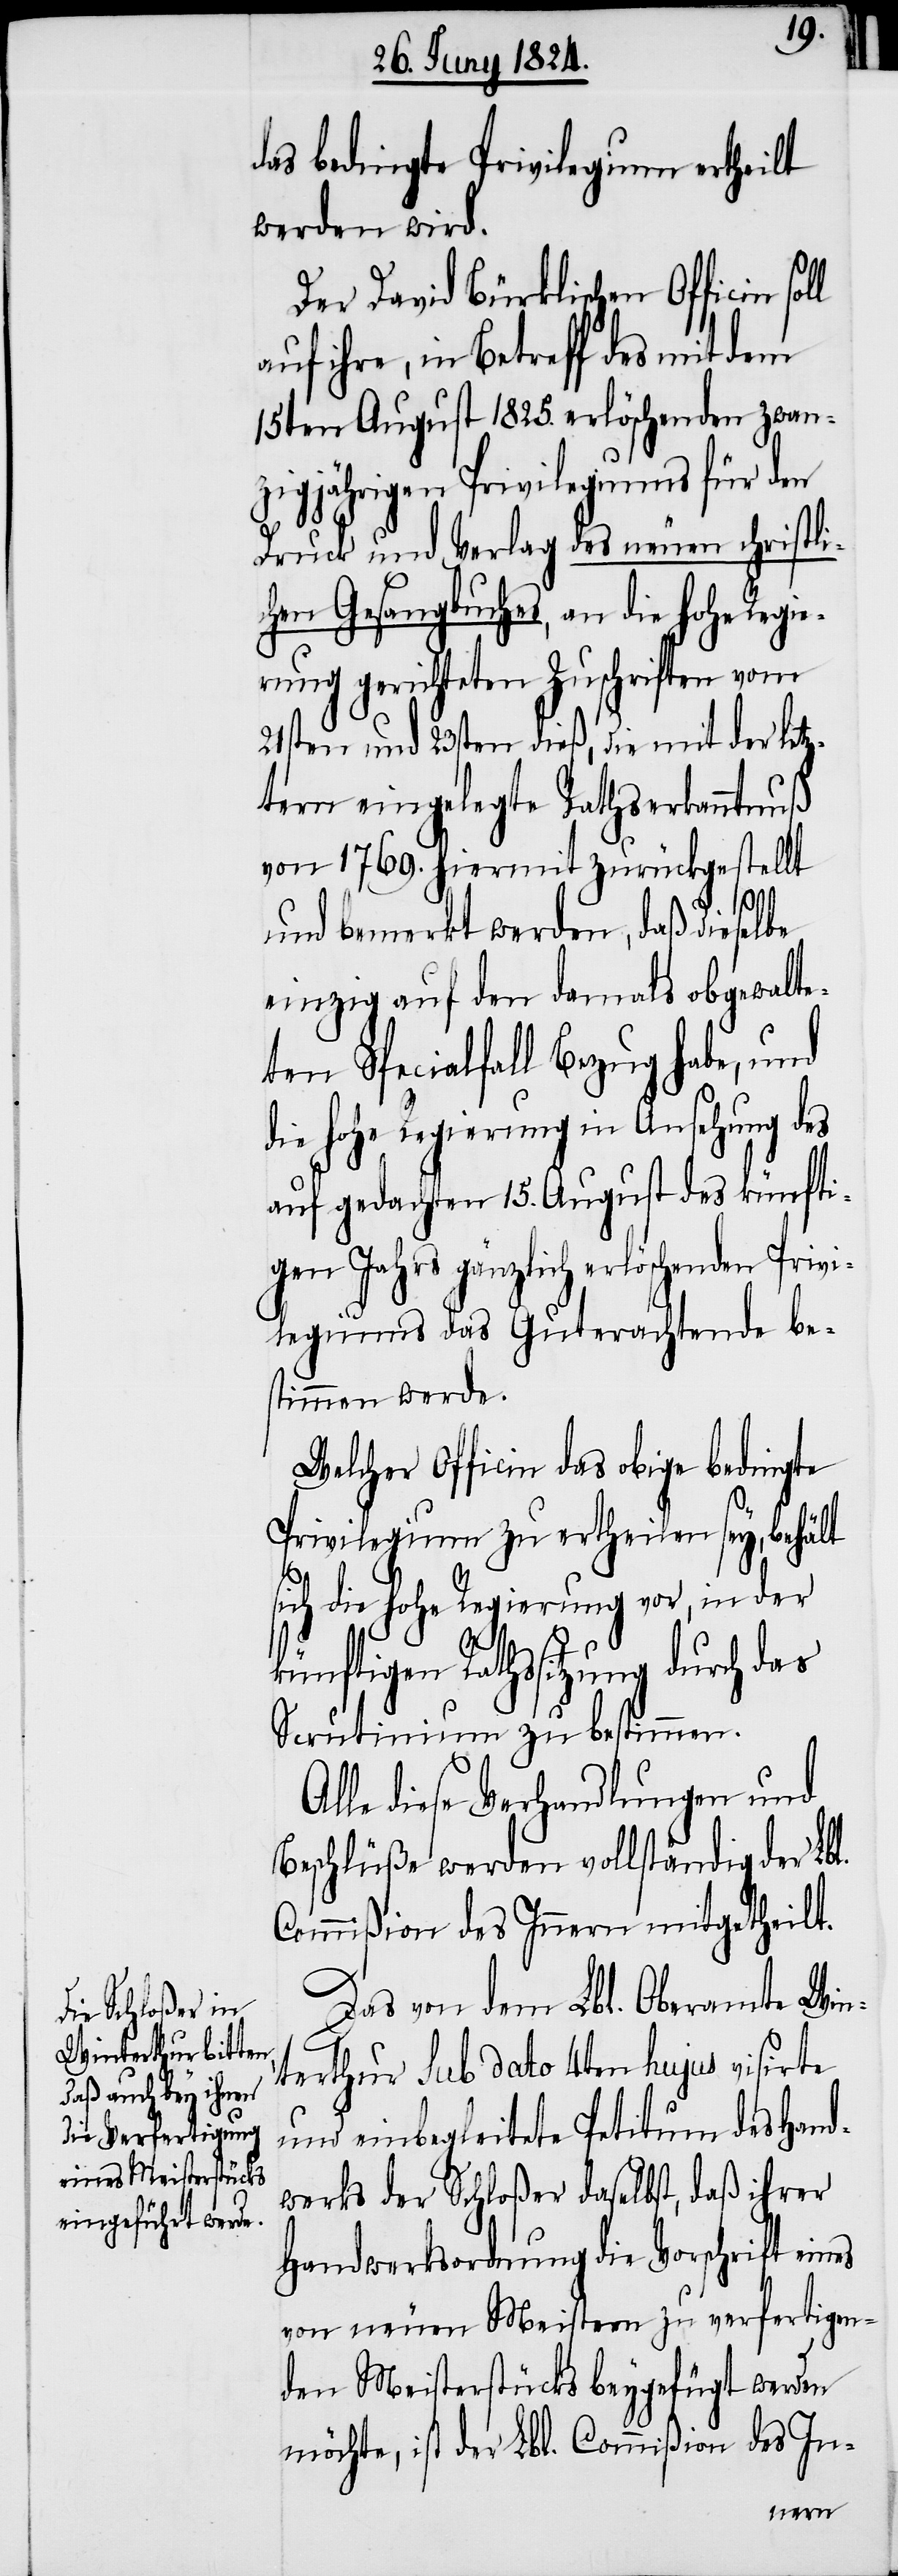
das bedingte Privilegium ertheilt
werden wird.
Der David Bürklischen Officin
auf ihre, in Betreff des mit dem
15ten August 1825. erlöschenden zwan¬
zigjährigen Privilegiums für den
Druck und Verlag des neuen christli¬
chen Gesangbuches, an die hohe Regi¬
erung gerichteten Zuschriften vom
21sten und 23sten dieß, die mit der letz¬
tern eingelegte Rathserkenntnuß
von 1769. hiermit zurückgestellt
und bemerkt werden, daß dieselbe
einzig auf den damals obgewalte¬
ten Spezialfall Bezug habe, und
die hohe Regierung in Ansehung des
auf gedachten 15. August des künfti¬
gen Jahrs gänzlich erlöschenden Pri¬
vilegiums das Guterachtende be¬
stimmen werde.
Welcher Officin das obige bedingte
Privilegium zu ertheilen sey, behält
sich die hohe Regierung vor, in der
künftigen Rathssitzung durch das
Scrutinium zu bestimmen.
Alle diese Verhandlungen und
Beschlüße werden vollständig der Lbl.
Commißion des Innern mitgetheilt.
Das von dem Lbl. Oberamt Win¬
terthur Sub dato 4ten hujus visirte
und einbegleitete Petitum des Hand¬
werks der Schloßer daselbst, daß ihrer
Handwerksordnung die Vorschrift eines
von neuen Meistern zu verfertigen¬
den Meisterstücks beygefügt werden
möchte, ist der Lbl. Commißion des In-